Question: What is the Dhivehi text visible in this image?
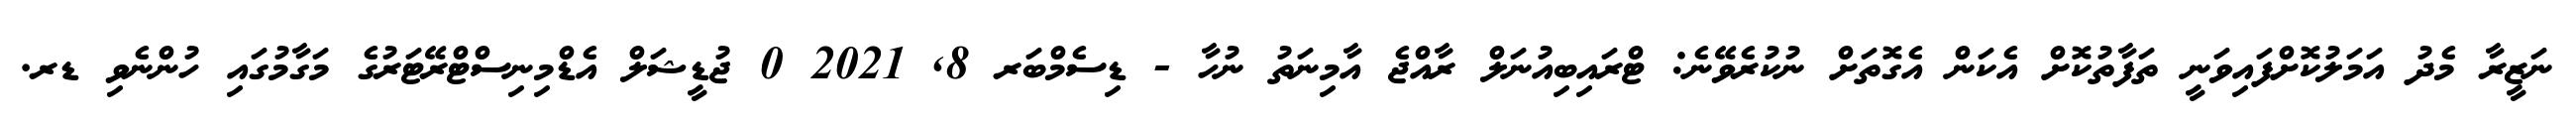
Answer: ނަޒީރާ މެދު އަމަލުކޮށްފައިވަނީ ތަފާތުކޮށް އެކަން އެގޮތަށް ނުކުރެވޭނެ: ޓްރައިބިއުނަލް ރާއްޖެ އާމިނަތު ނުހާ - ޑިސެމްބަރ 8, 2021 0 ޖުޑީޝަލް އެޑްމިނިސްޓްރޭޓަރުގެ މަގާމުގައި ހުންނެވި ޑރ.